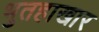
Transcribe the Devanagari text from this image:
भुतहाखार